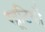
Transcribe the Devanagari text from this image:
खूटियों